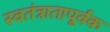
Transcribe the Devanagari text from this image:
स्वतंत्रातापूर्वक